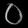
Digit: ၀